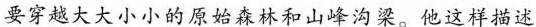
要穿越大大小小的原始森林和山峰沟梁。他这样描述